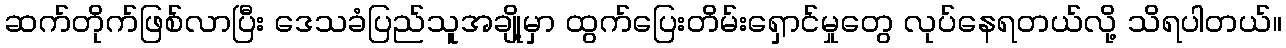
ဆက်တိုက်ဖြစ်လာပြီး ဒေသခံပြည်သူအချို့မှာ ထွက်ပြေးတိမ်းရှောင်မှုတွေ လုပ်နေရတယ်လို့ သိရပါတယ်။